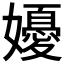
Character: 𭒩